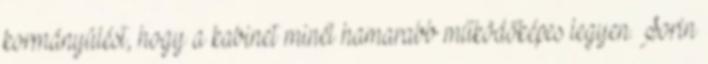
kormányülést, hogy a kabinet minél hamarabb működőképes legyen. Sorin